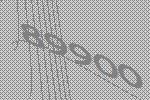
89900